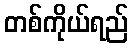
တစ်ကိုယ်ရည်